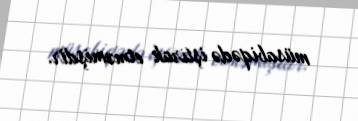
müsabiqədə iştirak etməmişdir.